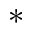
^ *